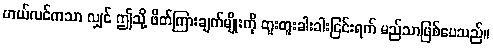
ဟယ်လင်ကသာ လျှင် ဤသို့ ဖိတ်ကြားချက်မျိုးကို တူးတူးခါးခါးငြင်းရက် မည်သာဖြစ်ပေသည်။